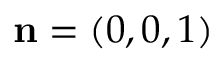
{ \mathbf n } = ( 0 , 0 , 1 )